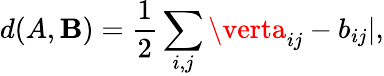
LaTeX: d(A,\mathbf{B})=\frac{{1}}{{2}}\sum_{i,j}\verta_{ij}-b_{ij}\vert,